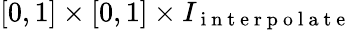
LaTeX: [0,1]\times[0,1]\times I_{\mathrm{~i~n~t~e~r~p~o~l~a~t~e~}}